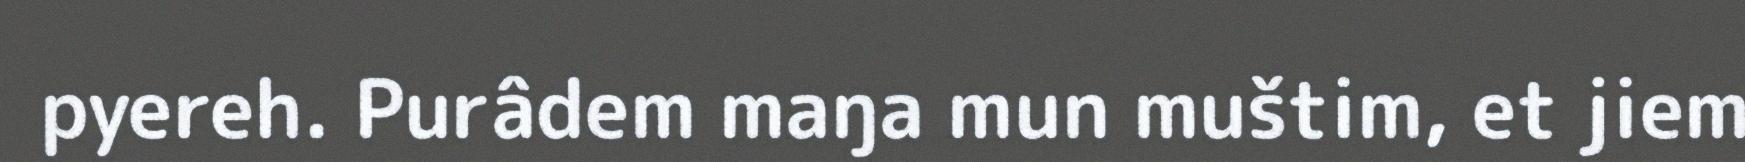
pyereh. Purâdem maŋa mun muštim, et jiem